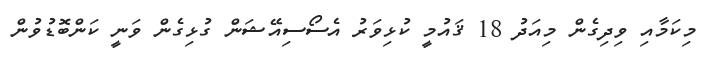
މިކަމާއި ވިދިގެން މިއަދު 18 ޤައުމީ ކުޅިވަރު އެސޯސިއޭޝަން ގުޅިގެން ވަނީ ކަންބޮޑުވުން